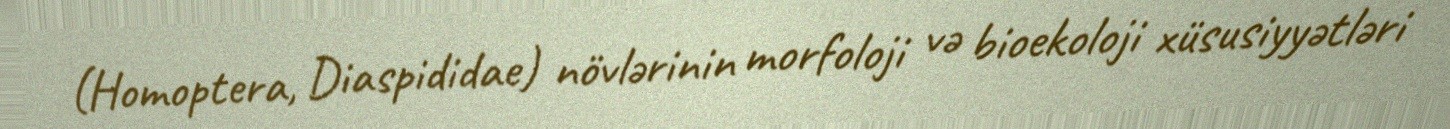
(Homoptera, Diaspididae) növlərinin morfoloji və bioekoloji xüsusiyyətləri